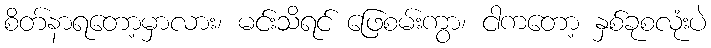
စိတ်နာရတော့မှာလား၊ မင်းသိရင် ဖြေစမ်းကွာ၊ ငါကတော့ နှစ်ခုစလုံးပဲ